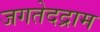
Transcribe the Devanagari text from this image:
जगतेदद्राम